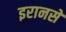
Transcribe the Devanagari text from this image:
इरानसे